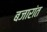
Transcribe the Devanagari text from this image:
बजारांत